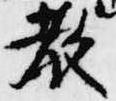
教